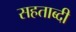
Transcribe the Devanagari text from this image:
सहताब्दी